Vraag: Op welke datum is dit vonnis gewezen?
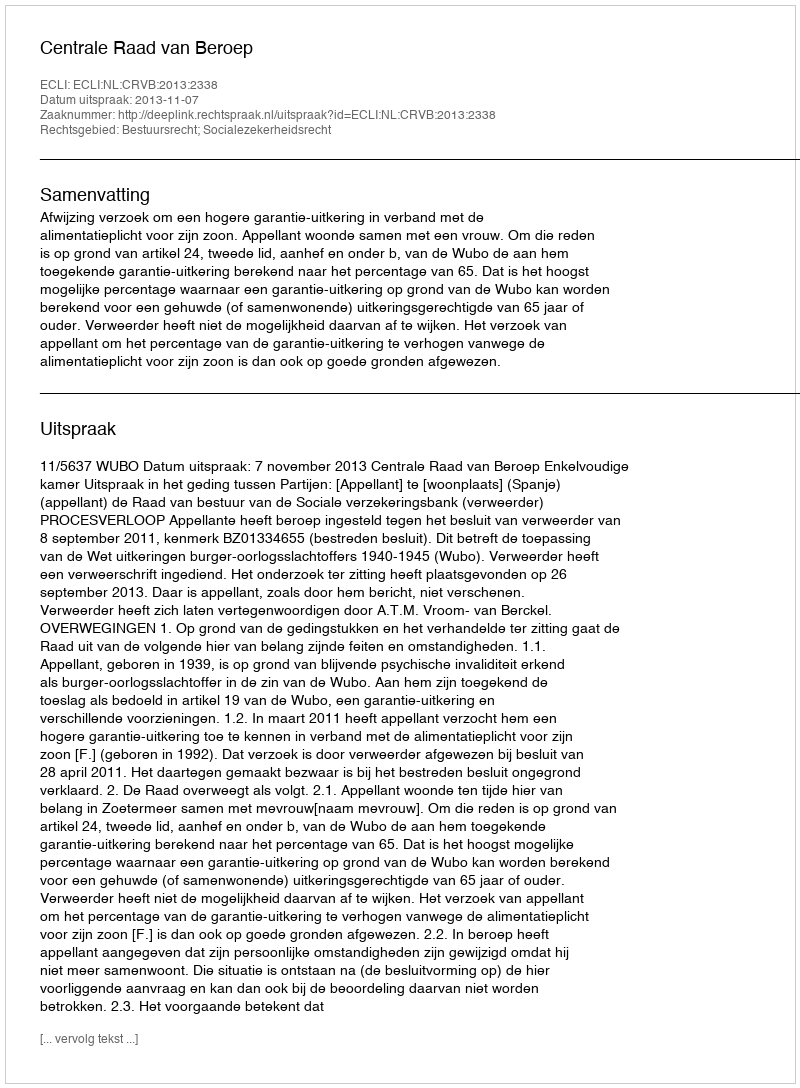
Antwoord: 2013-11-07